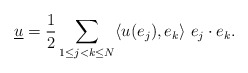
\begin{align*}\underline{u}=\frac{1}{2}\sum_{1\leq j<k\leq N}\langle u(e_j),e_k\rangle\ e_j\cdot e_k.\end{align*}